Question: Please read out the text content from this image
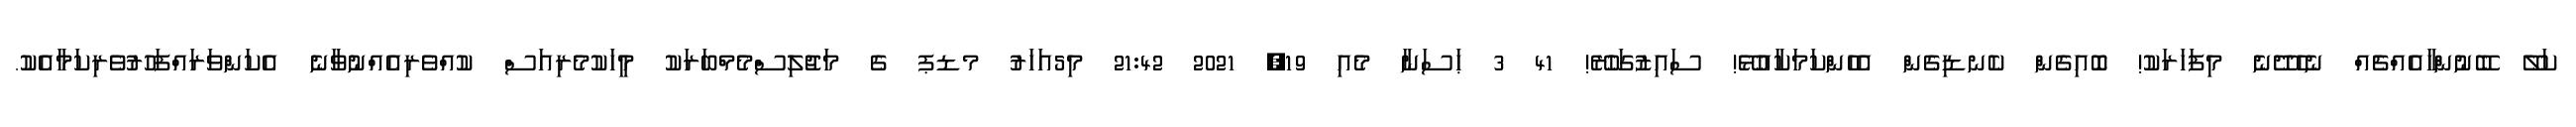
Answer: ކަލޭ ބޭނުންހާއެއްޗެއް ނެހެދޭނެ މިފަހަރަކު! ބޮއިގެން ކެނޑިގެން އެހެންކަމަކާއުޅޭ! ސައިޒުގަހުރޭ! 41 3 ޙަސަނާ މެއި 19, 2021 21:42 މި5އަހަރު މޑޕ ގެ މަޖުލިސްމެމްބަރަކު މީހަކުމެރިއަސް ކުއްވެރިއެއްނުވާނެ އެކަންވަރައްފަހުރުވެރިކަމާއެކު.